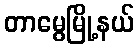
တာမွေမြို့နယ်